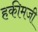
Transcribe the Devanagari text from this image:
हकीमजी